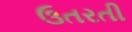
ઉતરતી